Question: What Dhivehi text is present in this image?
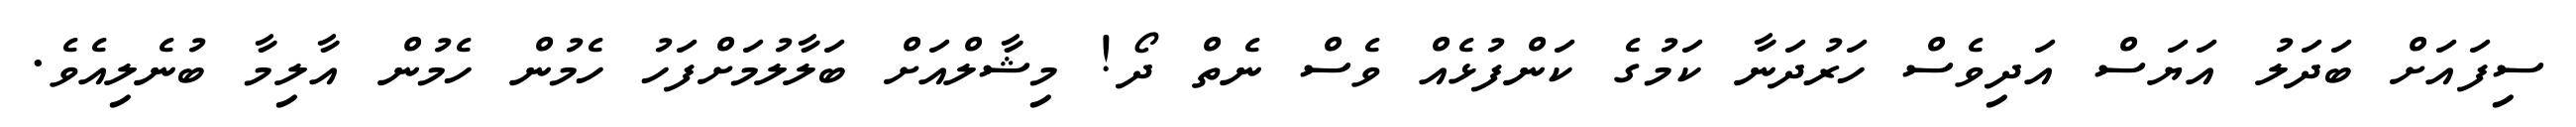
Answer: ސިފައަށް ބަދަލު އަޔަސް އަދިވެސް ހަރުދަނާ ކަމުގެ ކަންފުޅެއް ވެސް ނެތް ދޯ! މިޝާލްއަށް ބަލާލުމަށްފަހު ހެމުން ހެމުން އާލިމާ ބުނެލިއެވެ.